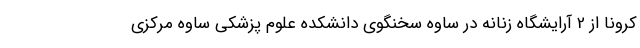
کرونا از 2 آرایشگاه زنانه در ساوه سخنگوی دانشکده علوم پزشکی ساوه مرکزی